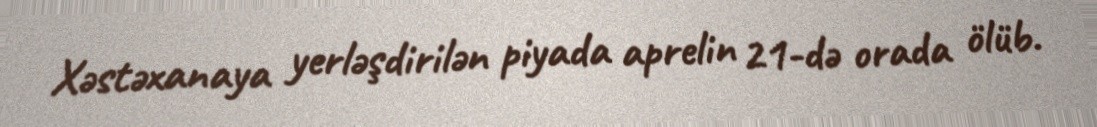
Xəstəxanaya yerləşdirilən piyada aprelin 21-də orada ölüb.